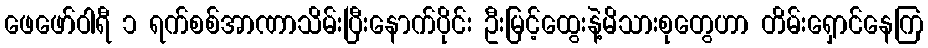
ဖေဖော်ဝါရီ ၁ ရက်စစ်အာဏာသိမ်းပြီးနောက်ပိုင်း ဦးမြင့်ထွေးနဲ့မိသားစုတွေဟာ တိမ်းရှောင်နေကြ